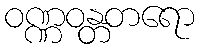
ဝဏ္ဏဝန္တတရော